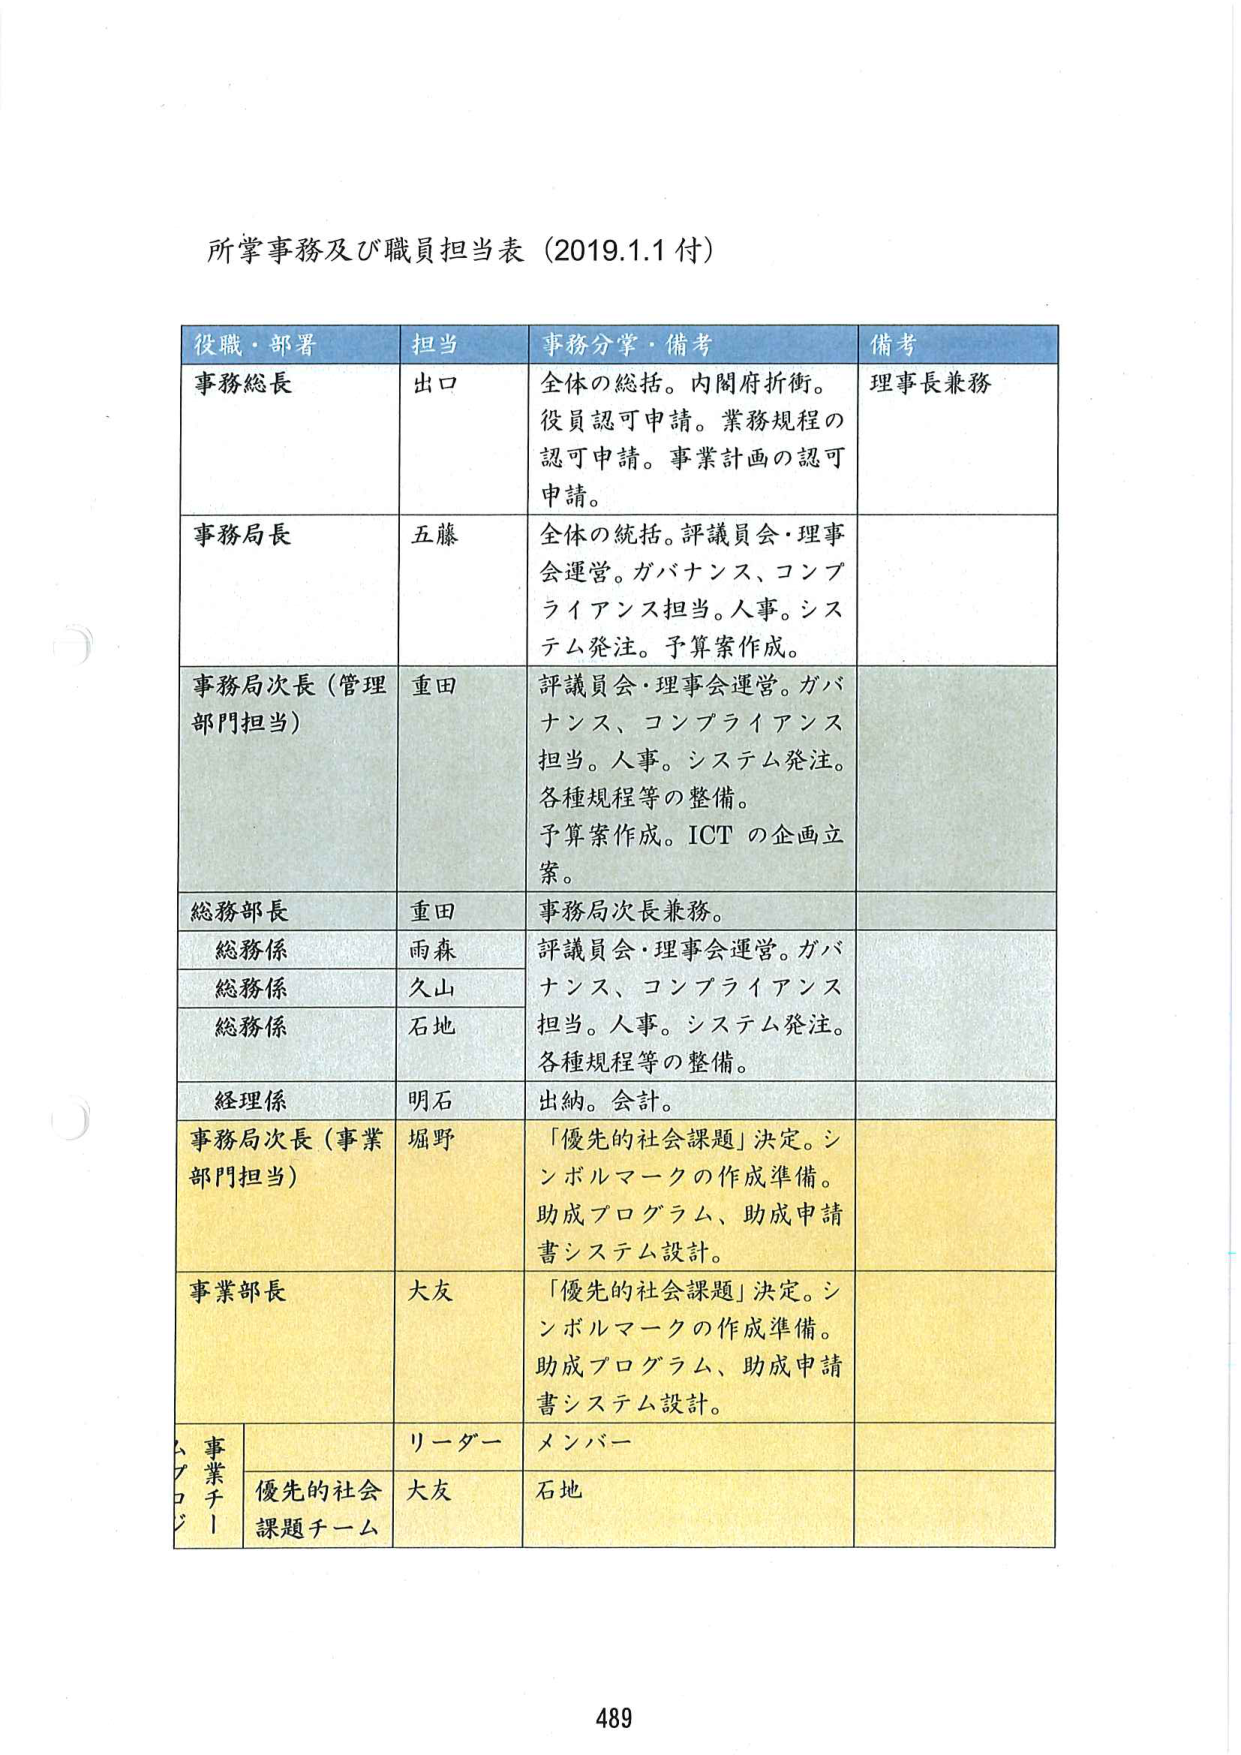
所掌事務及び職員担当表（2019.1.1付）

役職・部署　　　　　担当　　　　　　事務分掌・備考　　　　　　備考
事務総長　　　　　　出口　　　　　　全体の総括。内閣府折衝。　　　理事長兼務
　　　　　　　　　　　　　　　　　　役員認可申請。業務規程の
　　　　　　　　　　　　　　　　　　認可申請。事業計画の認可
　　　　　　　　　　　　　　　　　　申請。
事務局長　　　　　　五藤　　　　　　全体の統括。評議員会・理事
　　　　　　　　　　　　　　　　　　会運営。ガバナンス、コンプ
　　　　　　　　　　　　　　　　　　ライアンス担当。人事。シス
　　　　　　　　　　　　　　　　　　テム発注。予算案作成。
事務局次長（管理　　重田　　　　　　評議員会・理事会運営。ガバ
部門担当）　　　　　　　　　　　　　ナンス、コンプライアンス
　　　　　　　　　　　　　　　　　　担当。人事。システム発注。
　　　　　　　　　　　　　　　　　　各種規程等の整備。
　　　　　　　　　　　　　　　　　　予算案作成。ICT の企画立
　　　　　　　　　　　　　　　　　　案。
総務部長　　　　　　重田　　　　　　事務局次長兼務。
総務係　　　　　　　雨森　　　　　　評議員会・理事会運営。ガバ
総務係　　　　　　　久山　　　　　　ナンス、コンプライアンス
総務係　　　　　　　石地　　　　　　担当。人事。システム発注。
　　　　　　　　　　　　　　　　　　各種規程等の整備。
経理係　　　　　　　明石　　　　　　出納。会計。
事務局次長（事業　　堀野　　　　　　「優先的社会課題」決定。シ
部門担当）　　　　　　　　　　　　　ンボルマークの作成準備。
　　　　　　　　　　　　　　　　　　助成プログラム、助成申請
　　　　　　　　　　　　　　　　　　書システム設計。
事業部長　　　　　　大友　　　　　　「優先的社会課題」決定。シ
　　　　　　　　　　　　　　　　　　ンボルマークの作成準備。
　　　　　　　　　　　　　　　　　　助成プログラム、助成申請
　　　　　　　　　　　　　　　　　　書システム設計。
　　　　　　　　　　リーダー　　　　メンバー
　　　　　　　　　　優先的社会　　大友　　　　石地
　　　　　　　　　　課題チーム

489